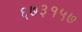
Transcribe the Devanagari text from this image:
६७३१५७